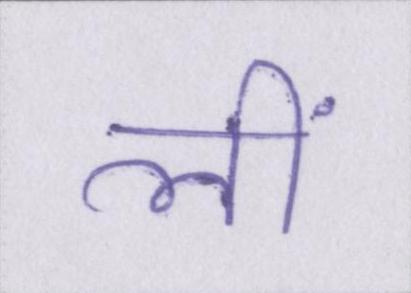
लीं